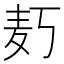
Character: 𱋄